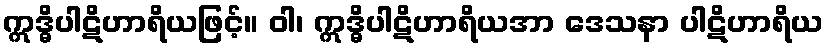
ဣဒ္ဓိပါဋိဟာရိယဖြင့်။ ဝါ၊ ဣဒ္ဓိပါဋိဟာရိယအာ ဒေသနာ ပါဋိဟာရိယ